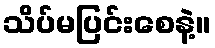
သိပ်မပြင်းစေနဲ့။